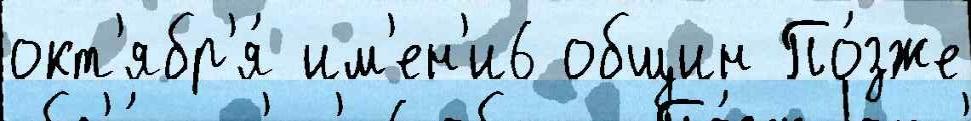
окт'ябр'я́ им'ен'и6 общин По́зже